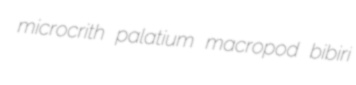
microcrith palatium macropod bibiri